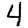
Digit: 4